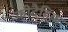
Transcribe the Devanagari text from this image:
कीदैहिक